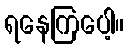
ရနေကြပေါ့။